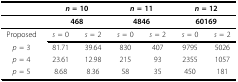
|  | <COLSPAN=2> n = 10 | <COLSPAN=2> n = 11 | <COLSPAN=2> n = 12 |
 | --- | --- | --- | --- | --- | --- | --- |
 |  | <COLSPAN=2> 468 | <COLSPAN=2> 4846 | <COLSPAN=2> 60169 |
 | Proposed | s = 0 | s = 2 | s = 0 | s = 2 | s = 0 | s = 2 |
 | p = 3 | 81.71 | 39.64 | 830 | 407 | 9795 | 5026 |
 | p = 4 | 23.61 | 12.98 | 215 | 93 | 2355 | 1057 |
 | p = 5 | 8.68 | 8.36 | 58 | 35 | 450 | 181 |